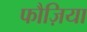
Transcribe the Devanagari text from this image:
फौज़िया